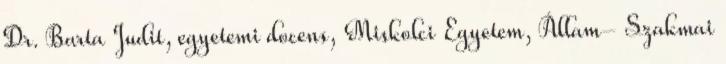
Dr. Barta Judit, egyetemi docens, Miskolci Egyetem, Állam- Szakmai